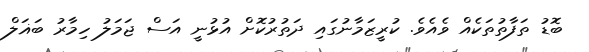
ބޮޑު ތަފާތުތަކެއް ވެއެވެ. ކުރީޒަމާނުގައި ދަތުރުކޮށް އުޅުނީ އަސް ޖަމަލު ހިމާރު ބަޣަލް